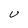
Character: U